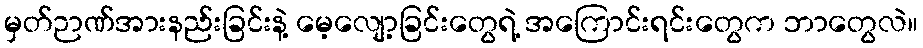
မှတ်ဉာဏ်အားနည်းခြင်းနဲ့ မေ့လျော့ခြင်းတွေရဲ့ အကြောင်းရင်းတွေက ဘာတွေလဲ။